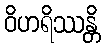
ဝိဟရိဿန္တိ